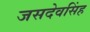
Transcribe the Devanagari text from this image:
जसदेवसिंह